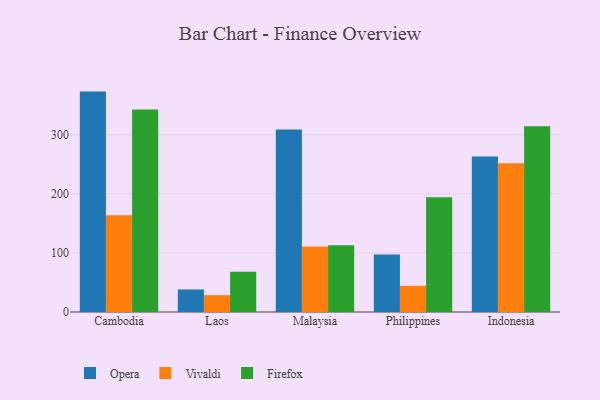
{"axis": {"x": "Country", "y": "Conversion Rate (%)"}, "legend": ["Firefox", "Opera", "Vivaldi"], "data": [{"x": "Cambodia", "y": 373.4, "type": "Opera"}, {"x": "Cambodia", "y": 163.9, "type": "Vivaldi"}, {"x": "Cambodia", "y": 342.9, "type": "Firefox"}, {"x": "Laos", "y": 38.2, "type": "Opera"}, {"x": "Laos", "y": 28.6, "type": "Vivaldi"}, {"x": "Laos", "y": 68.4, "type": "Firefox"}, {"x": "Malaysia", "y": 309.1, "type": "Opera"}, {"x": "Malaysia", "y": 110.8, "type": "Vivaldi"}, {"x": "Malaysia", "y": 113.2, "type": "Firefox"}, {"x": "Philippines", "y": 97.5, "type": "Opera"}, {"x": "Philippines", "y": 44.4, "type": "Vivaldi"}, {"x": "Philippines", "y": 194.3, "type": "Firefox"}, {"x": "Indonesia", "y": 263.6, "type": "Opera"}, {"x": "Indonesia", "y": 251.9, "type": "Vivaldi"}, {"x": "Indonesia", "y": 314.9, "type": "Firefox"}]}